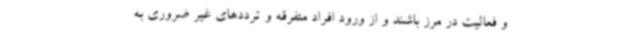
و فعالیت در مرز باشند و از ورود افراد متفرقه و ترددهای غیر ضروری به